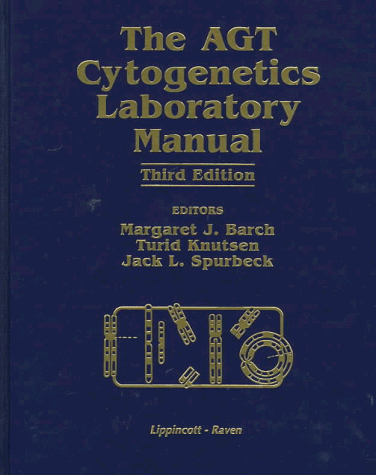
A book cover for The Agt Cytogenetics Laboratory Manual; Margaret J. Barch; Medical Books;